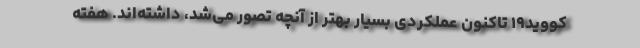
کووید۱۹ تاکنون عملکردی بسیار بهتر از آنچه تصور می‌شد، داشته‌اند. هفته